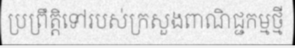
ប្រព្រឹត្តិទៅរបស់ក្រសួងពាណិជ្ជកម្មថ្មី